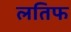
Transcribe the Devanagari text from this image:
लतिफ